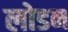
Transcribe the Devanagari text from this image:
लोडन